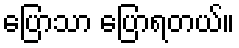
ပြောသာ ပြောရတယ်။